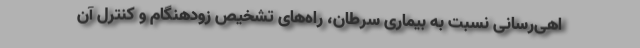
اهی‌رسانی نسبت به بیماری سرطان، راه‌های تشخیص زودهنگام و کنترل آن